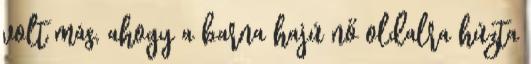
volt más, ahogy a barna hajú nő oldalra húzta